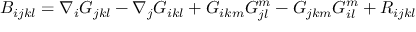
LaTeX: B _ { i j k l } = \nabla _ { i } G _ { j k l } - \nabla _ { j } G _ { i k l } + G _ { i k m } G _ { j l } ^ { m } - G _ { j k m } G _ { i l } ^ { m } + R _ { i j k l }